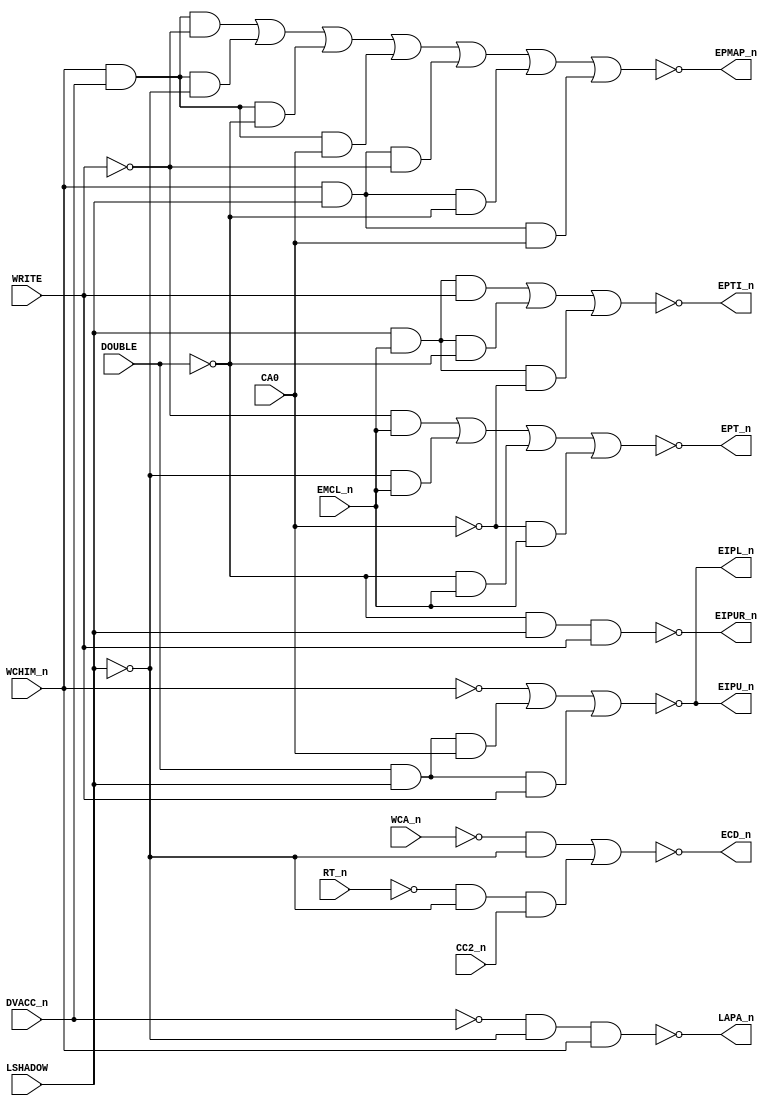
// This program was cloned from: https://github.com/RonnyA/nd-120
// License: MIT License

// 44306A,21G,MMUCTL - MMU CONTROL LOGIC


module PAL_44306A(
    input CA0, WRITE, DVACC_n, RT_n, WCHIM_n, DOUBLE, EMCL_n, CC2_n, WCA_n, LSHADOW,
    output ECD_n, LAPA_n, EIPUR_n, EIPU_n, EIPL_n, EPTI_n, EPMAP_n, EPT_n
);

// Creating non-negated wires for active-low inputs
wire DVACC = ~DVACC_n;
wire RT = ~RT_n;
wire WCHIM = ~WCHIM_n;
wire DOUBLE_n = ~DOUBLE;
wire WCA = ~WCA_n;

wire CA0_n = ~CA0;
wire WRITE_n = ~WRITE;  
wire LSHADOW_n = ~LSHADOW;


// MEMORY MANAGEMENT CONTROL

// Logic for ECD_n (active-low)
assign ECD_n = ~((WCA & LSHADOW_n) |                // DISABLE CACHE ON SHADOW ACCESSES
                 (RT & LSHADOW_n & CC2_n));         // ENABLE WHEN WRITING IN CACHE

// Logic for LAPA_n (active-low)
assign LAPA_n = ~(DVACC & LSHADOW_n & WCHIM_n);     // LA TO PPN WHEN VIRTUAL ACCESSES ARE DISABLED

// Logic for EIPUR_n (active-low)
assign EIPUR_n = ~(DOUBLE_n & LSHADOW & WRITE);     // WRITING IN SHADOW IN REX MODE WILL MASK AWAY THE PROTECT BITS

// Logic for EIPU_n (active-low)
assign EIPU_n = ~((WCHIM) |                         // PASS PAGE NUMBER TO BE INHIBITED FROM IDB
                  (DOUBLE & LSHADOW & CA0) |        // SHADOW ACCESSES IN SEX MODE
                  (DOUBLE & LSHADOW & WRITE));      // WRITING IN SHADOW IN SEX MODE WILL WRITE A FULL BIT PAGE NUMBER

// Logic for EIPL_n (active-low)
assign EIPL_n = ~((WCHIM) |                         // PASS PAGE NUMBER TO BE INHIBITED FROM IDB
                  (DOUBLE & LSHADOW & CA0) |        // SHADOW ACCESSES IN SEX MODE
                  (DOUBLE & LSHADOW & WRITE));      // WRITING LOWER BYTE (SAME FOR REX AND SEX)

// Logic for EPTI_n (active-low)
assign EPTI_n = ~((LSHADOW & EMCL_n & WRITE)    |     // DISABLE DURING EMCL TO AVOID JAMMING THE IDB
                  (LSHADOW & EMCL_n & DOUBLE_n) |     // ENABLE ONLY WHEN IN SHADOW
                  (LSHADOW & EMCL_n & CA0_n));        // DISABLE WHEN IN SEX MODE WE ARE READ/FETCHING ADDRESSES

// Logic for EPMAP_n (active-low)
assign EPMAP_n = ~((WCHIM_n & DVACC_n & WRITE_n)  |   // DISABLE WHEN WRITING THE CACHE INHIBIT MAP
                   (WCHIM_n & DVACC_n & LSHADOW_n)|   // DISABLE WHEN VIRTUAL ACCESS IS DISABLED
                   (WCHIM_n & DVACC_n & DOUBLE_n) |   // ACCESSING SHADOW MEMORY
                   (WCHIM_n & DVACC_n & CA0)      |   // DISABLE ON SHADOW MEMORY WRITE IN SEX MODE
                   (WCHIM_n & LSHADOW & WRITE_n)  |   // ADDRESSES
                   (WCHIM_n & LSHADOW & DOUBLE_n) |
                   (WCHIM_n & LSHADOW & CA0));

// Logic for EPT_n (active-low)
assign EPT_n = ~((WRITE_n & EMCL_n)               |   // DISABLE ON EMCL OR 
                 (LSHADOW_n & EMCL_n)             |   // WRITING IN OTHER HALF
                 (DOUBLE_n & EMCL_n)              |   // WHEN IN SEX MODE
                 (CA0_n & EMCL_n));                

endmodule